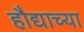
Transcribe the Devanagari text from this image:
हौद्याच्या